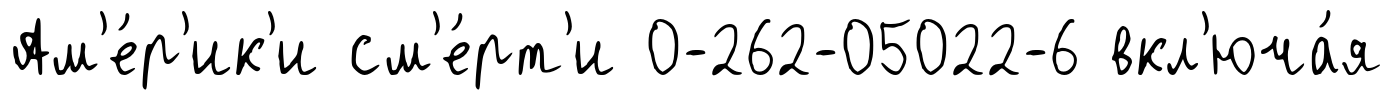
Ам'е́р'ик'и см'е́рт'и 0-262-05022-6 вкл'юча́я